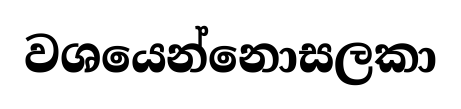
වශයෙන්නොසලකා